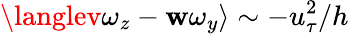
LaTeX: \langlev\omega_{z}-\mathbf{w}\omega_{y}\rangle\sim-u_{\tau}^{2}/h